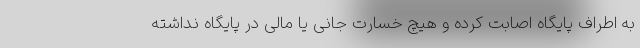
به اطراف پایگاه اصابت کرده و هیچ خسارت جانی یا مالی در پایگاه نداشته